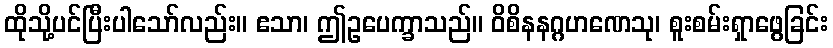
ထိုသို့ပင်ပြီးပါသော်လည်း။ ဧသာ၊ ဤဥပေက္ခာသည်။ ဝိစိနနဂ္ဂဟဏေသု၊ စူးစမ်းရှာဖွေခြင်း